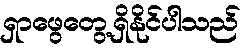
ရှာဖွေတွေ့ရှိနိုင်ပါသည်